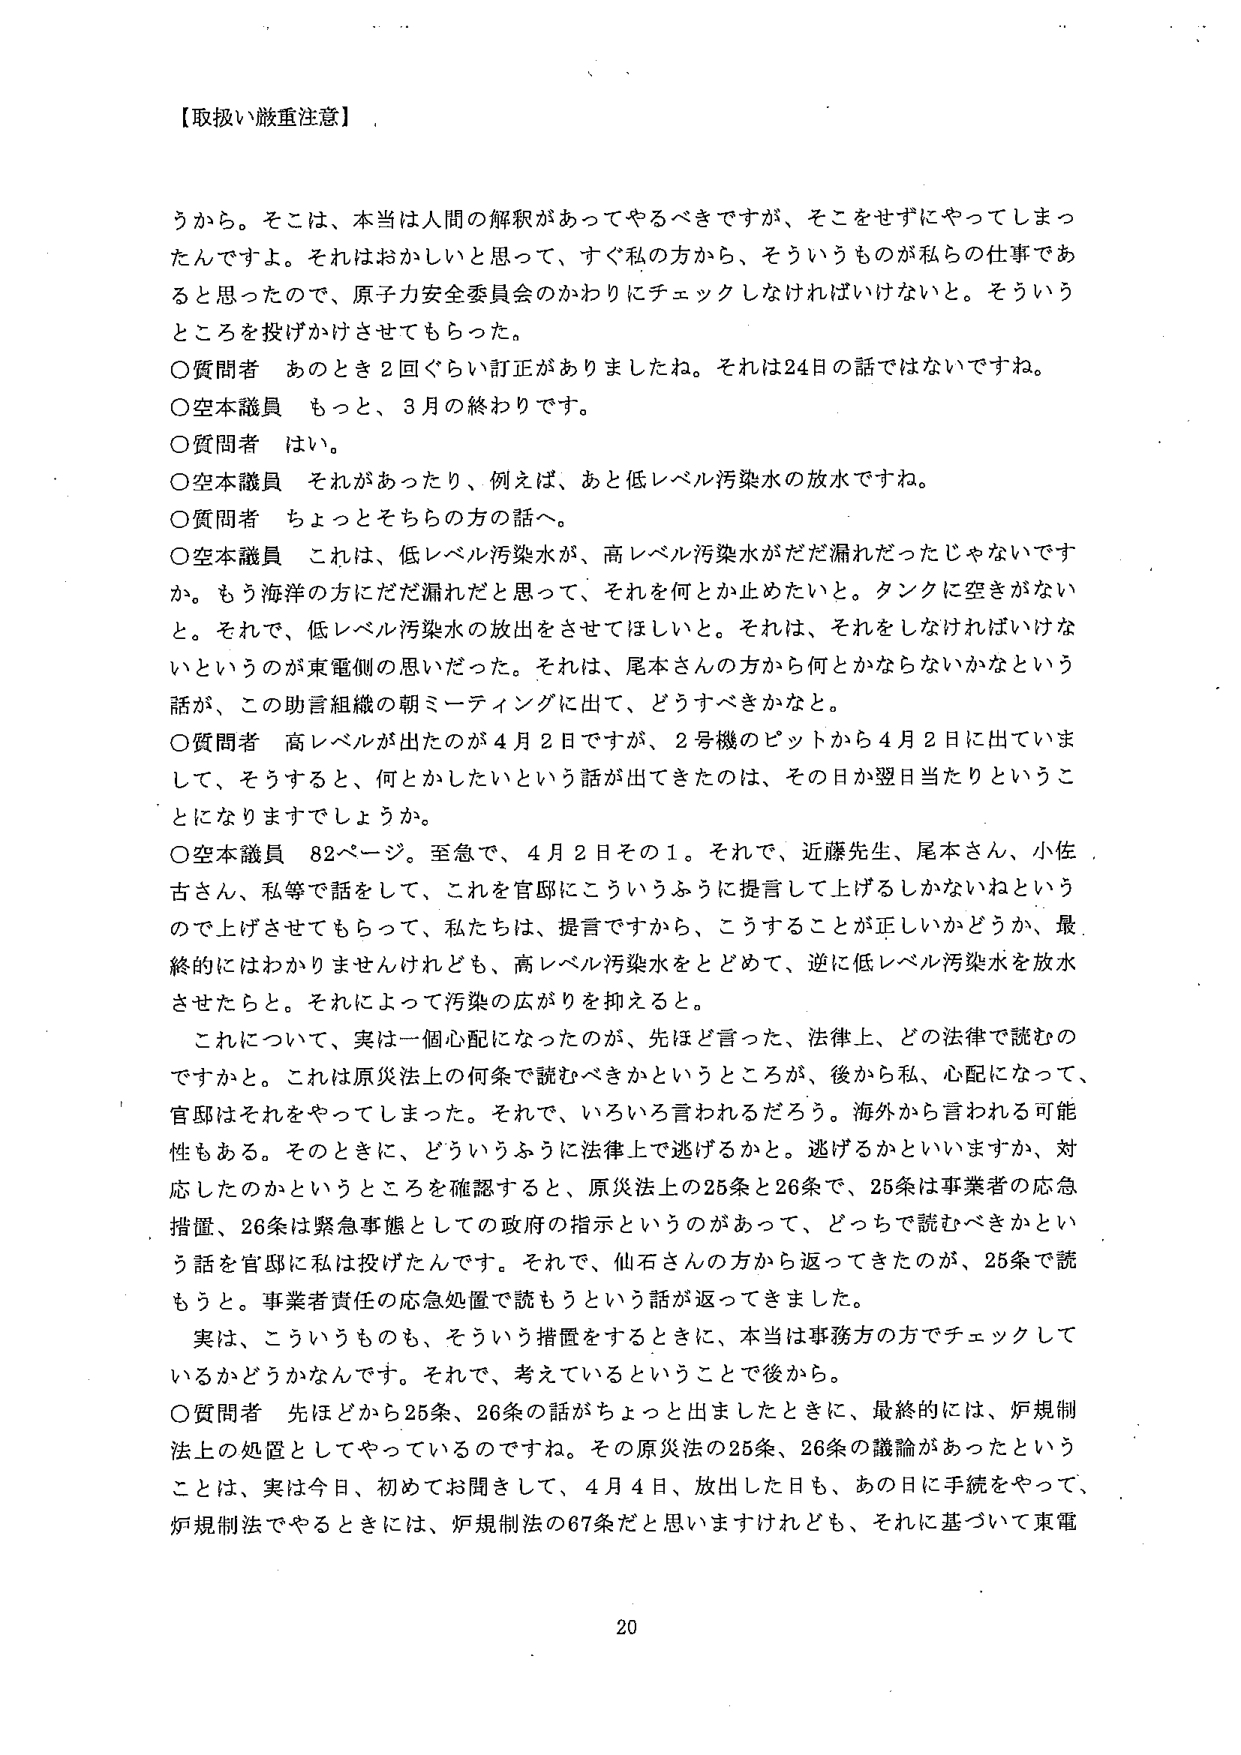
【取扱い厳重注意】

うから。そこは、本当は人間の解釈があってやるべきですが、そこをせずにやってしまっ
たんですよ。それはおかしいと思って、すぐ私の方から、そういうものが私たちの仕事であ
ると思ったので、原子力安全委員会のかわりにチェックしなければいけない。そういう
ところを投げかけさせてもらった。

〇質問者　あのとき２回ぐらい訂正がありましたね。それは24日の話ではないですね。
〇空本議員　もっと、3月の終わりです。
〇質問者　はい。
〇空本議員　それがあったり、例えば、あと低レベル汚染水の放水ですね。
〇質問者　ちょっとそちらの方の話へ。
〇空本議員　これは、低レベル汚染水が、高レベル汚染水がだだ漏れだったじゃないです
か。もう海洋の方にだだ漏れだと思って、それを何とか止めたいと。タンクに空きがない
と。それで、低レベル汚染水の放出をさせてほしいと。それは、それをしなければいけな
いというのが東電側の思いだった。それは、尾本さんの方から何とかならないかなという
話が、この助言組織の朝ミーティングに出て、どうすべきかと。

〇質問者　高レベルが出たのが4月2日ですが、2号機のピットから4月2日に出ていま
して、そうすると、何とかしたいという話が出てきたのは、その日か翌日当たりというこ
とになりますでしょうか。

〇空本議員　82ページ。至急で、4月2日その1。それで、近藤先生、尾本さん、小佐
古さん、私等で話をして、これを官邸にこういうふうに提言して上げるしかないねという
ので上げさせてもらって、私たちは、提言ですから、こうすることが正しいかどうか、最
終的にはわかりませんけれども、高レベル汚染水をとどめて、逆に低レベル汚染水を放水
させたらと。それによって汚染の広がりを抑えると。

これについて、実は一個心配になったのが、先ほど言った、法律上、どの法律で読むの
ですかと。これは原災法上の何条で読むべきかというところが、後から私、心配になって、
官邸はそれをやってしまった。それで、いろいろ言われるだろう。海外から言われる可能
性もある。そのときに、どういうふうに法律上で逃げるかと。逃げるかといいますか、対
応したのかというところを確認すると、原災法上の25条と26条で、25条は事業者の応急
措置、26条は緊急事態としての政府の指示というのがあって、どっちで読むべきかとい
う話を官邸に私は投げたんです。それで、仙石さんの方から返ってきたのが、25条で読
もうと。事業者責任の応急処置で読もうという話が返ってきました。

実は、こういうものも、そういう措置をするときに、本当は事務方の方でチェックして
いるかどうかなんです。それで、考えているということで後から。

〇質問者　先ほどから25条、26条の話がちょっと出ましたときに、最終的には、炉規制
法上の処置としてやっているのですね。その原災法の25条、26条の議論があったという
ことは、実は今日、初めてお聞きして、4月4日、放出した日も、あの日に手続をやって、
炉規制法でやるときには、炉規制法の67条だと思いますけれども、それに基づいて東電

20